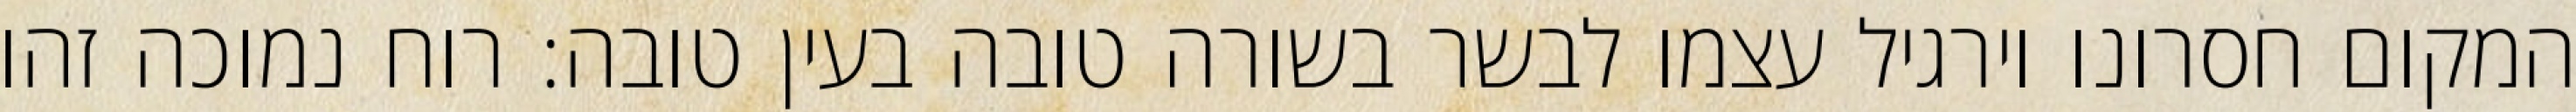
המקום חסרונו וירגיל עצמו לבשר בשורה טובה בעין טובה: רוח נמוכה זהו